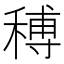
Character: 𥠵